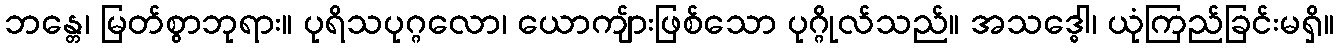
ဘန္တေ၊ မြတ်စွာဘုရား။ ပုရိသပုဂ္ဂလော၊ ယောကျ်ားဖြစ်သော ပုဂ္ဂိုလ်သည်။ အသဒ္ဓေါ၊ ယုံကြည်ခြင်းမရှိ။